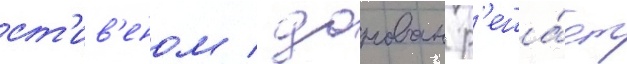
ст'ив'еном / донован р'еша́ет